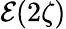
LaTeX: \mathcal{E}(2\zeta)